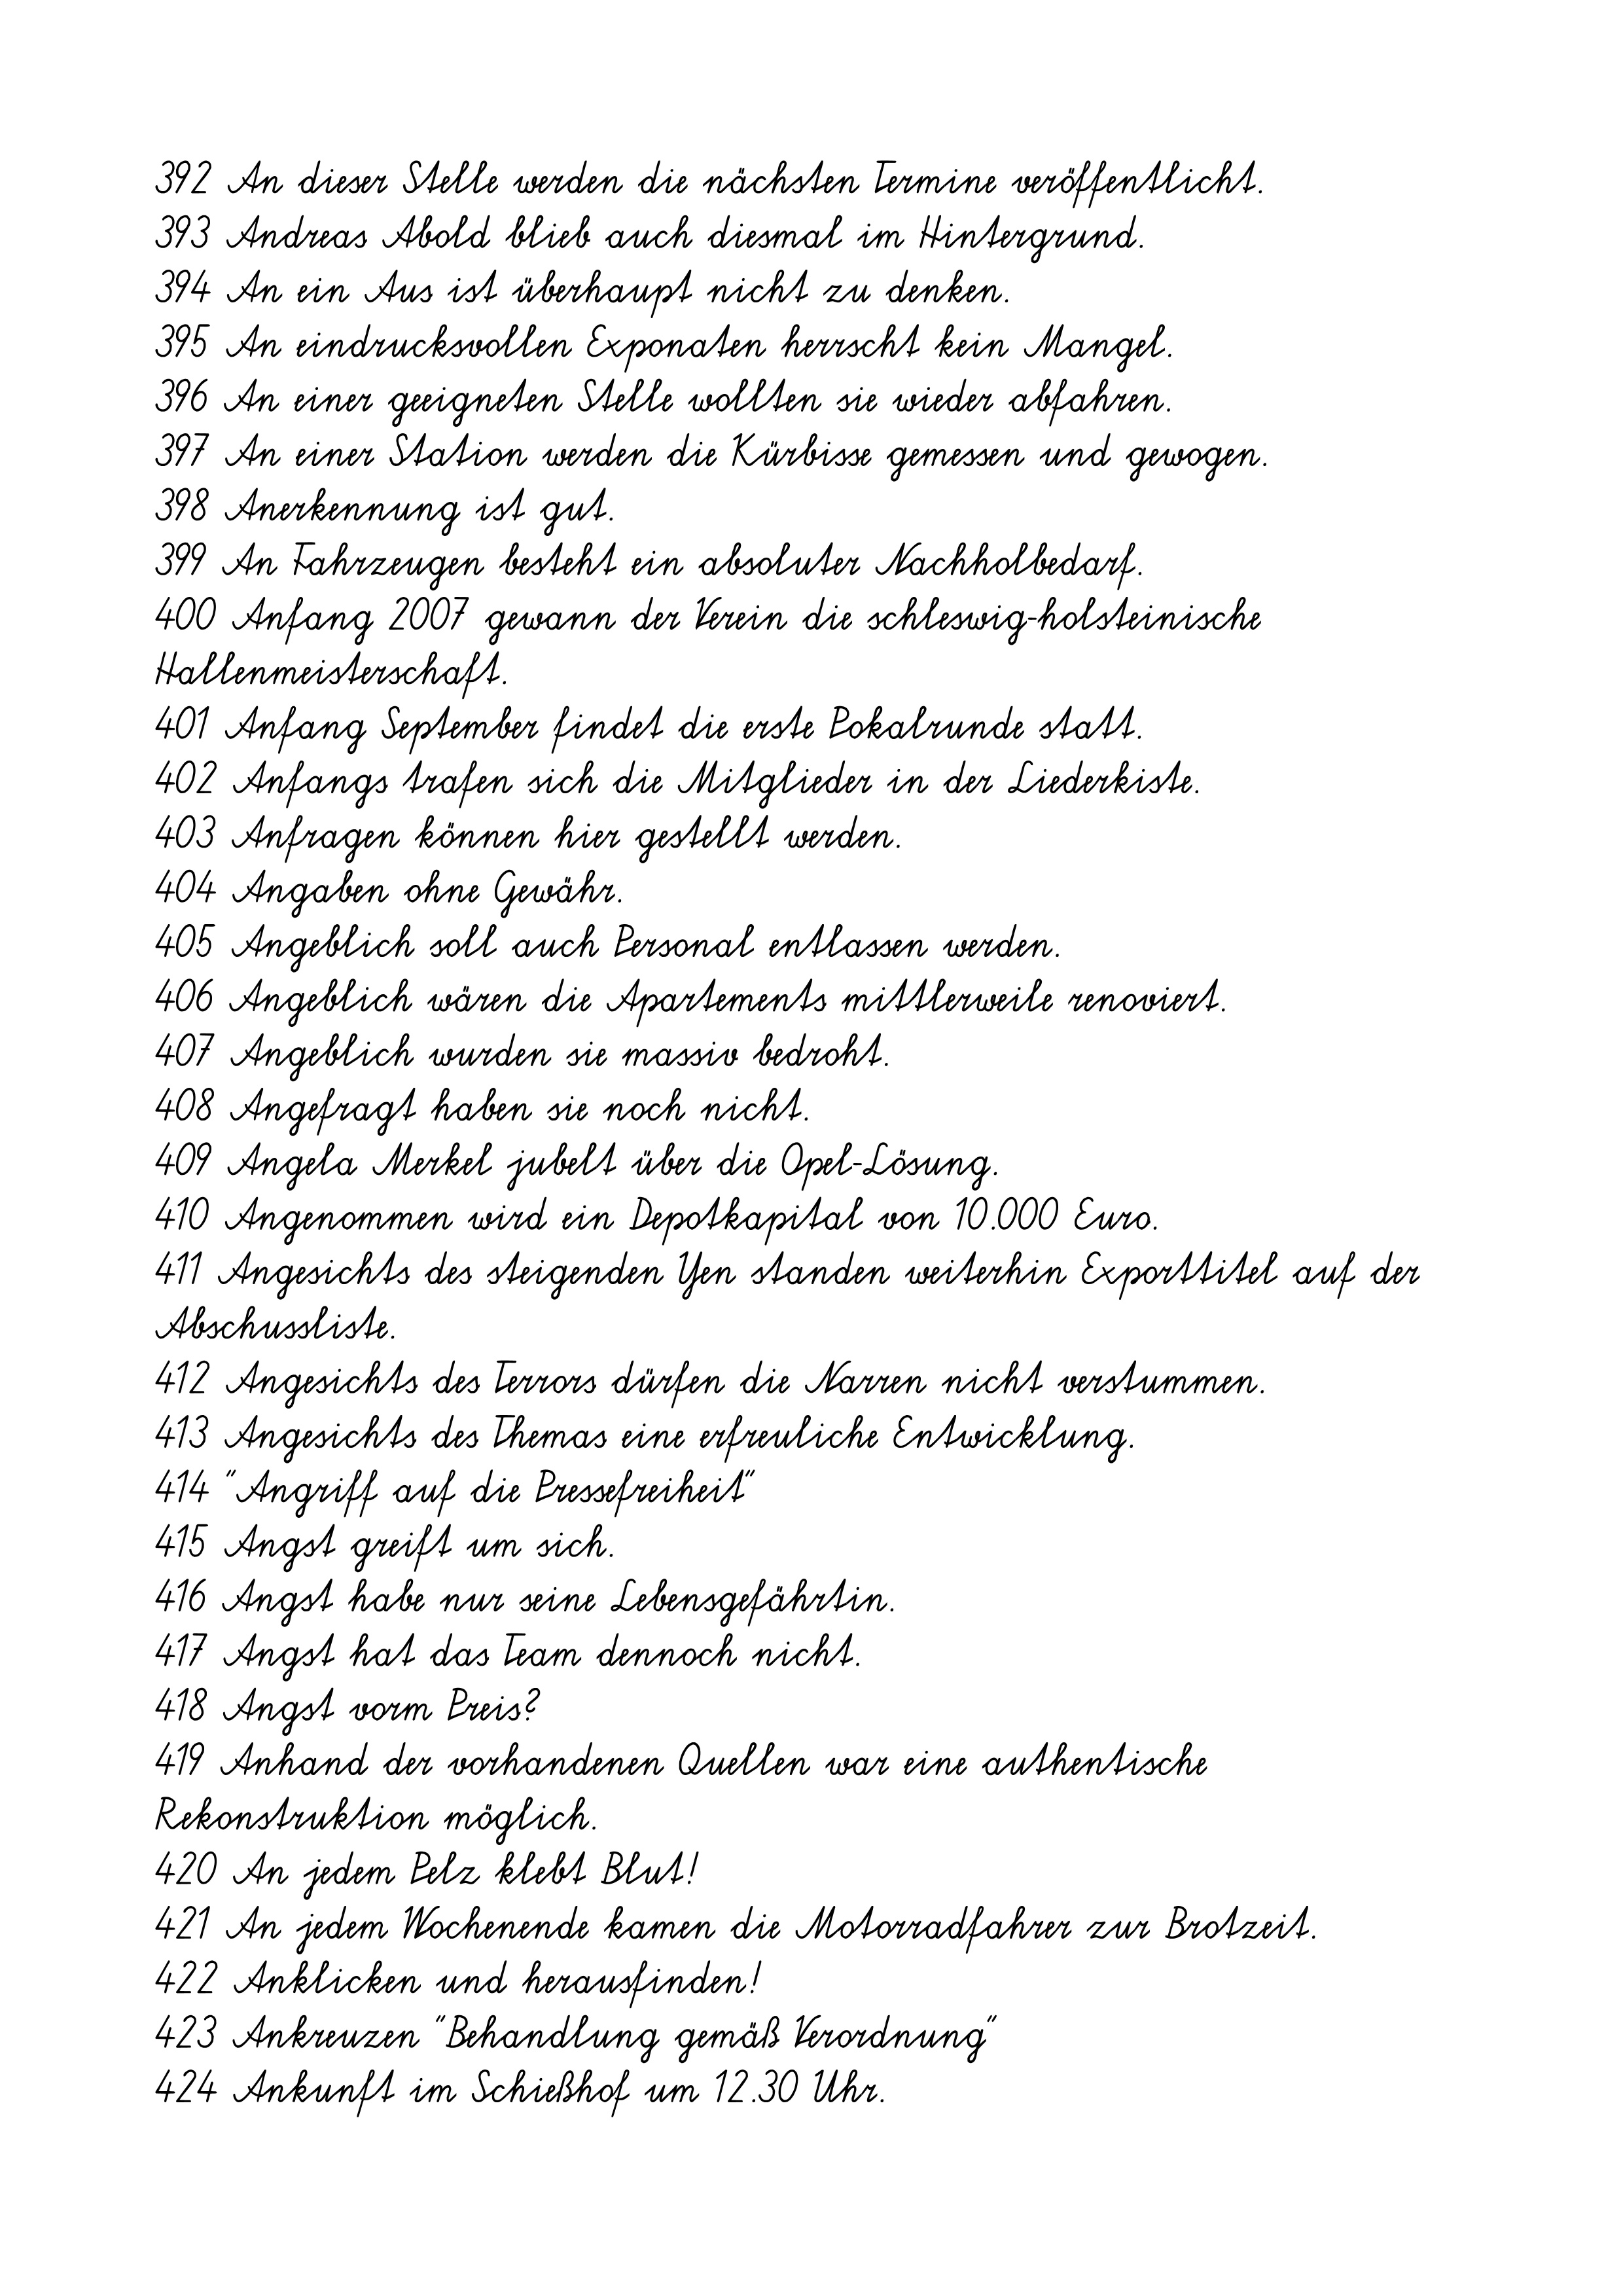
392 An dieser Stelle werden die nächsten Termine veröffentlicht.
393 Andreas Abold blieb auch diesmal im Hintergrund.
394 An ein Aus ist überhaupt nicht zu denken.
395 An eindrucksvollen Exponaten herrscht kein Mangel.
396 An einer geeigneten Stelle wollten sie wieder abfahren.
397 An einer Station werden die Kürbisse gemessen und gewogen.
398 Anerkennung ist gut.
399 An Fahrzeugen besteht ein absoluter Nachholbedarf.
400 Anfang 2007 gewann der Verein die schleswig-holsteinische
Hallenmeisterschaft.
401 Anfang September findet die erste Pokalrunde statt.
402 Anfangs trafen sich die Mitglieder in der Liederkiste.
403 Anfragen können hier gestellt werden.
404 Angaben ohne Gewähr.
405 Angeblich soll auch Personal entlassen werden.
406 Angeblich wären die Apartements mittlerweile renoviert.
407 Angeblich wurden sie massiv bedroht.
408 Angefragt haben sie noch nicht.
409 Angela Merkel jubelt über die Opel-Lösung.
410 Angenommen wird ein Depotkapital von 10.000 Euro.
411 Angesichts des steigenden Yen standen weiterhin Exporttitel auf der
Abschussliste.
412 Angesichts des Terrors dürfen die Narren nicht verstummen.
413 Angesichts des Themas eine erfreuliche Entwicklung.
414 "Angriff auf die Pressefreiheit"
415 Angst greift um sich.
416 Angst habe nur seine Lebensgefährtin.
417 Angst hat das Team dennoch nicht.
418 Angst vorm Preis?
419 Anhand der vorhandenen Quellen war eine authentische
Rekonstruktion möglich.
420 An jedem Pelz klebt Blut!
421 An jedem Wochenende kamen die Motorradfahrer zur Brotzeit.
422 Anklicken und herausfinden!
423 Ankreuzen "Behandlung gemäß Verordnung"
424 Ankunft im Schießhof um 12.30 Uhr.